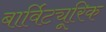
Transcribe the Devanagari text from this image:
बार्विट्यूरिक